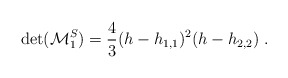
\begin{align*}\det({\cal M}^S_1)={4\over3}(h-h_{1,1})^2(h-h_{2,2}){}~.\end{align*}